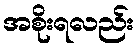
အစိုးရလည်း